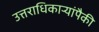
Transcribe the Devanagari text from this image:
उत्तराधिकाऱ्यांपैकी